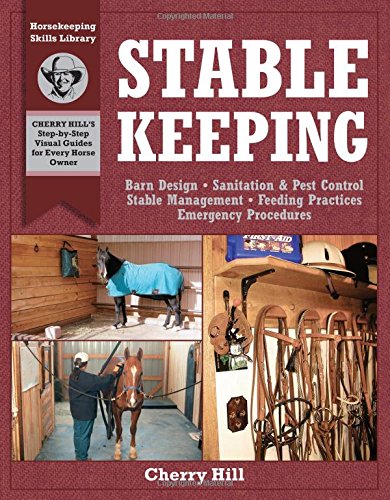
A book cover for Stablekeeping: A Visual Guide to Safe and Healthy Horsekeeping (Horsekeeping Skills Library); Cherry Hill; Crafts, Hobbies & Home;